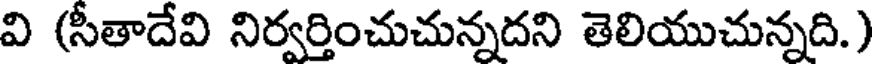
వి (సీతాదేవి నిర్వర్తించుచున్నదని తెలియుచున్నది.)